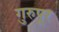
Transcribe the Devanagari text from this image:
गुरुपूर